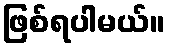
ဖြစ်ရပါမယ်။